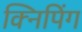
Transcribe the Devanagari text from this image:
क्निपिंग